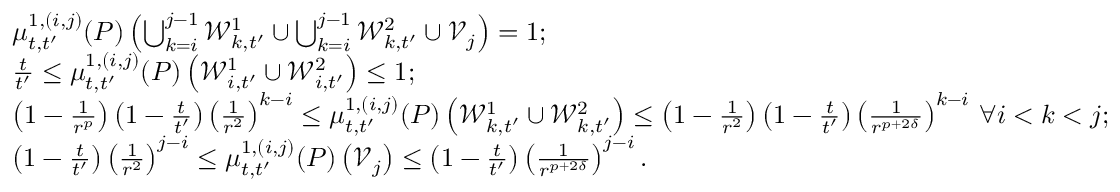
\begin{array} { r l } & { \mu _ { t , t ^ { \prime } } ^ { 1 , ( i , j ) } ( P ) \left( \bigcup _ { k = i } ^ { j - 1 } \mathcal { W } _ { k , t ^ { \prime } } ^ { 1 } \cup \bigcup _ { k = i } ^ { j - 1 } \mathcal { W } _ { k , t ^ { \prime } } ^ { 2 } \cup \mathcal { V } _ { j } \right) = 1 ; } \\ & { \frac { t } { t ^ { \prime } } \leq \mu _ { t , t ^ { \prime } } ^ { 1 , ( i , j ) } ( P ) \left( \mathcal { W } _ { i , t ^ { \prime } } ^ { 1 } \cup \mathcal { W } _ { i , t ^ { \prime } } ^ { 2 } \right) \leq 1 ; } \\ & { \left( 1 - \frac { 1 } { r ^ { p } } \right) \left( 1 - \frac { t } { t ^ { \prime } } \right) \left( \frac { 1 } { r ^ { 2 } } \right) ^ { k - i } \leq \mu _ { t , t ^ { \prime } } ^ { 1 , ( i , j ) } ( P ) \left( \mathcal { W } _ { k , t ^ { \prime } } ^ { 1 } \cup \mathcal { W } _ { k , t ^ { \prime } } ^ { 2 } \right) \leq \left( 1 - \frac { 1 } { r ^ { 2 } } \right) \left( 1 - \frac { t } { t ^ { \prime } } \right) \left( \frac { 1 } { r ^ { p + 2 \delta } } \right) ^ { k - i } \, \forall i < k < j ; } \\ & { \left( 1 - \frac { t } { t ^ { \prime } } \right) \left( \frac { 1 } { r ^ { 2 } } \right) ^ { j - i } \leq \mu _ { t , t ^ { \prime } } ^ { 1 , ( i , j ) } ( P ) \left( \mathcal { V } _ { j } \right) \leq \left( 1 - \frac { t } { t ^ { \prime } } \right) \left( \frac { 1 } { r ^ { p + 2 \delta } } \right) ^ { j - i } . } \end{array}